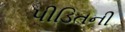
પીડિતની